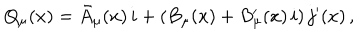
LaTeX: Q _ { \mu } ( x ) = \bar { A } _ { \mu } ( x ) \, i + \left( B _ { \mu } ( x ) + B _ { \mu } ^ { \prime } ( x ) \, i \right) j ^ { \prime } ( x ) \, ,